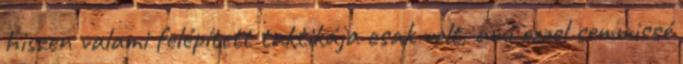
hiszen valami felépített taktikája csak volt, ami ezzel semmissé